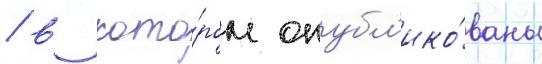
/ в кото́ром опубл'ико́ваны